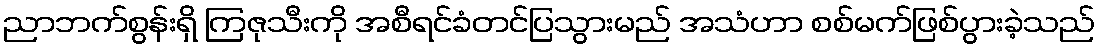
ညာဘက်စွန်းရှိ ကြဇုသီးကို အစီရင်ခံတင်ပြသွားမည် အသံဟာ စစ်မက်ဖြစ်ပွားခဲ့သည်